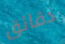
دقائق